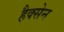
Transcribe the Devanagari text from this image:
हैक्सेन